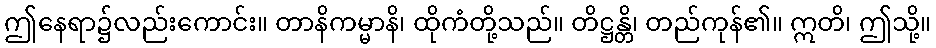
ဤနေရာ၌လည်းကောင်း။ တာနိကမ္မာနိ၊ ထိုကံတို့သည်။ တိဋ္ဌန္တိ၊ တည်ကုန်၏။ ဣတိ၊ ဤသို့။